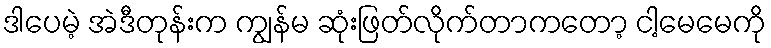
ဒါပေမဲ့ အဲဒီတုန်းက ကျွန်မ ဆုံးဖြတ်လိုက်တာကတော့ ငါ့မေမေကို